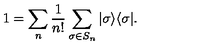
1 = \sum _ { n } \frac { 1 } { n ! } \sum _ { \sigma \in S _ { n } } | \sigma \rangle \langle \sigma | .